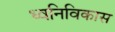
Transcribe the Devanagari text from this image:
ध्वनिविकास